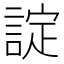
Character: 諚